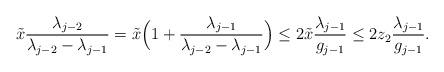
LaTeX: \begin{align*} \tilde x\frac{\lambda_{j-2}}{\lambda_{j-2}-\lambda_{j-1}}=\tilde x\Big(1+\frac{\lambda_{j-1}}{\lambda_{j-2}-\lambda_{j-1}}\Big)\leq 2\tilde{x}\frac{\lambda_{j-1}}{g_{j-1}}\leq 2z_2\frac{\lambda_{j-1}}{g_{j-1}}.\end{align*}